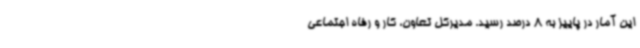
این آمار در پاییز به 8 درصد رسید. مدیرکل تعاون، کار و رفاه اجتماعی